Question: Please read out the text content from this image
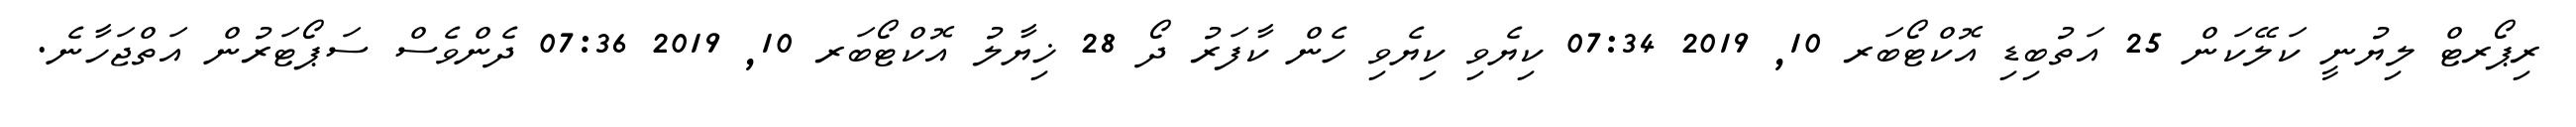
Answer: ރިޕޯރޓް ލިޔުނީ ކަލޭކަން 25 އަތުބިޑި އޮކްޓޯބަރ 10, 2019 07:34 ކިޔެވި ކިޔެވި ހެން ކާފަރު ދޯ 28 ޚިޔާލު އޮކްޓޯބަރ 10, 2019 07:36 ދެންވެސް ސަޕޯޓަރުން އަތްޖަހާނެ.